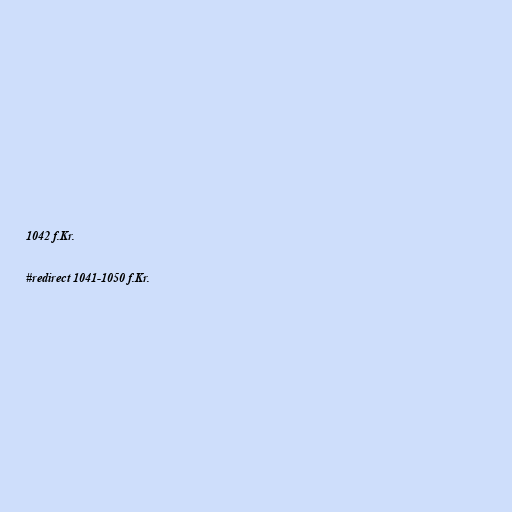
1042 f.Kr.

#redirect 1041-1050 f.Kr.